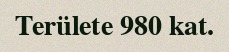
Területe 980 kat.